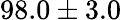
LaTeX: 98.0\pm 3.0\